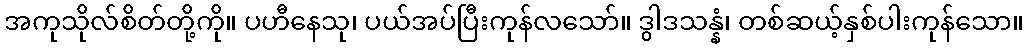
အကုသိုလ်စိတ်တို့ကို။ ပဟီနေသု၊ ပယ်အပ်ပြီးကုန်လသော်။ ဒွါဒသန္နံ၊ တစ်ဆယ့်နှစ်ပါးကုန်သော။